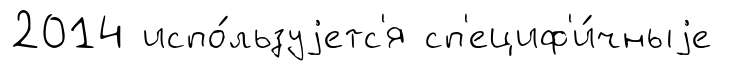
2014 испо́льзуjетс'я сп'ециф'и́чныjе